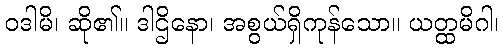
ဝဒါမိ၊ ဆို၏။ ဒါဌိနော၊ အစွယ်ရှိကုန်သော။ ယတ္ထမိဂါ၊